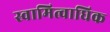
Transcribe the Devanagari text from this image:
स्वामित्वाधिक